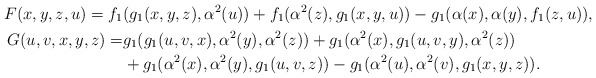
\begin{gather*}F(x, y, z, u)=f_1(g_1(x, y, z), \alpha^2(u))+f_1(\alpha^2(z), g_1(x, y, u))-g_1(\alpha(x), \alpha(y), f_1(z, u)),\\\begin{aligned}G(u, v, x, y, z)=&g_1(g_1(u, v, x), \alpha^2(y), \alpha^2(z))+g_1(\alpha^2(x), g_1(u, v, y), \alpha^2(z))\\ &+g_1(\alpha^2(x), \alpha^2(y), g_1(u, v, z))-g_1(\alpha^2(u), \alpha^2(v), g_1(x, y, z)).\end{aligned}\end{gather*}